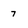
Character: 7